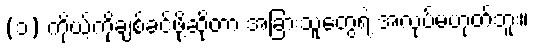
(၁) ကိုယ့်ကိုချစ်ခင်ဖို့ဆိုတာ အခြားသူတွေရဲ့ အလုပ်မဟုတ်ဘူး။